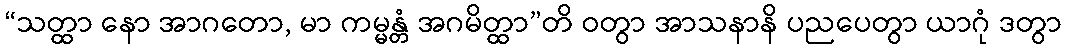
“သတ္ထာ နော အာဂတော, မာ ကမ္မန္တံ အဂမိတ္ထာ”တိ ဝတွာ အာသနာနိ ပညပေတွာ ယာဂုံ ဒတွာ